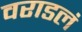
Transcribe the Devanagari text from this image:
वराडलं